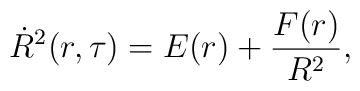
\dot{R}^2(r,\tau)=E(r)+\frac{F(r)}{R^2},